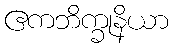
ဧကဘိက္ခုနိယာ